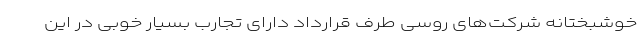
خوشبختانه شرکت‌های روسی طرف قرارداد دارای تجارب بسیار خوبی در این